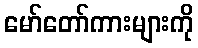
မော်တော်ကားများကို